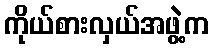
ကိုယ်စားလှယ်အဖွဲ့က